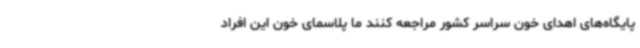
پایگاه‌های اهدای خون سراسر کشور مراجعه کنند ما پلاسمای خون این افراد